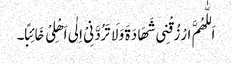
اَللّٰھُمَّ ارْزُقْنِی شَھَادَۃَ وَلَا تَرُدَّنِیْ اِلٰی اَھْلِیْ خَائِبًا۔